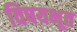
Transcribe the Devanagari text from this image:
विषयभूत